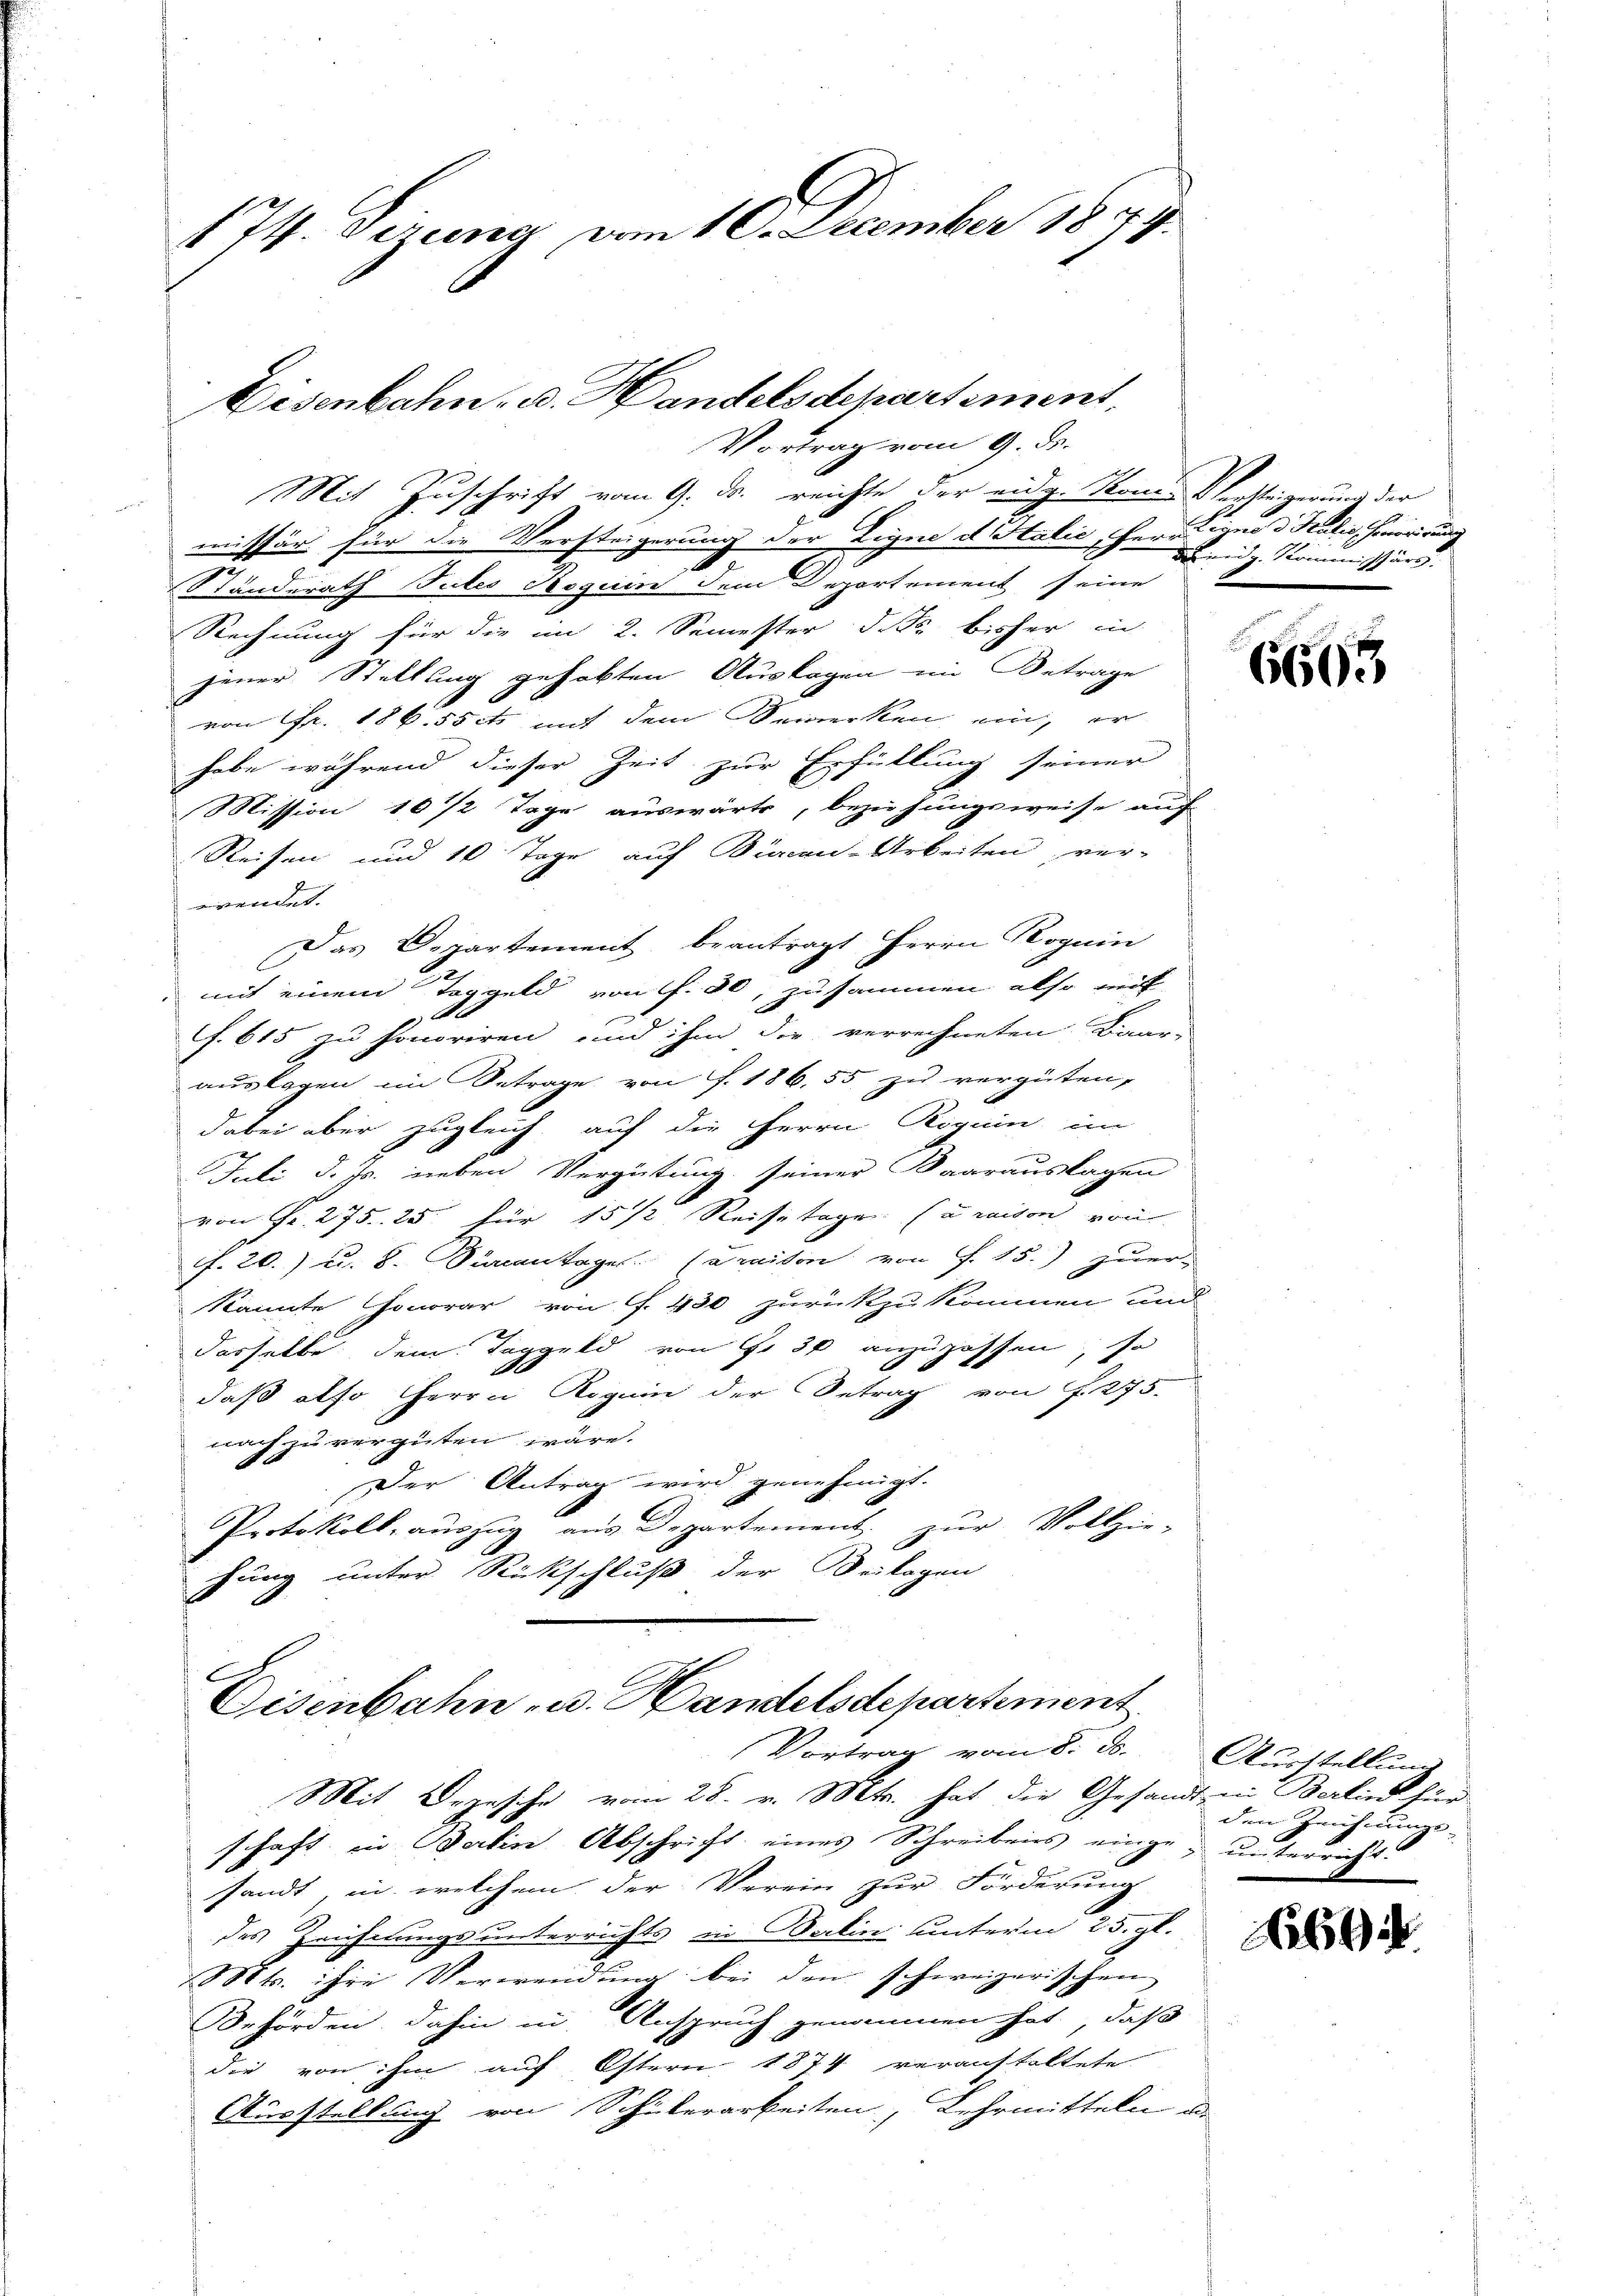
1 II. Dezung vom 10. December 1874.

Eisenbahn- u. Handelsdepartement,
Vortrag vom 9. ds.

Mit Zuschrift vom 9. ds. reichte der eidg. Kom-Versteigerung der
missär für die Versteigerung der Eigne d. Salić, herauigno d Hulischenorirung
Stunderath Tutes Roguin dem Departement seine
Rechnung für die im 2. Semester d. So bisher in
jener Stellung gehabten Auslagen im Betrage
von Fr. 186 ss et mit dem Bemerken ein, er
habe während dieser Zeit zur Erfüllung seiner
Mission 16 1/2 Tage auswärts, beziehungsweise auf
Reisen und 10 Tage auf Büreau-Arbeiten, ver-
went
Das Departement, beantragt Herrn Kognin
mit einem Taggeld von f. 80, zusammen also mit
f
f. 615 zu honoriren und ihm die verrechneten Baar-
auslagen im Betrage von f. 186,55 zu vergüten,
dabei aber zugleich auf die Herrn Roguin im
Juli d. Js. neben Vergütung seiner Baarauslagen
von Fr. 275. 25 für 15 1/2 Reisetage (araison von
if. 20.) u. 8. Dürcantages (amaison von f. 15.) zuer-
kannte Honorar von f. 430 zurückzukommen und
dasselbe dem Taggeld von S. 30 anzupassen, so
daß also Herrn Roguin der Betrag von 275.
nach zu vergüten wäre.
Der Antrag wird genehmigt.
Protokoll, auszug aus Departement zur Vollzie-
fung unter Rückschluß der Beilagen

Eisenbahn- u. Handelsdepartement
Vortrag vom 8. d.
Mit Depesche vom 28. v. Mts. hat die Gesandt in Berlin für

schaft in Berlin Abschrift eines Schreibens einge- unterricht.
sandt in welchem der Verein zur Förderung
des Zeichnungsunterrichts in Balin unterm 25. gl.
Mt. ihre Verwendung bei den schweizerischen
Behörden, dahin in Anspruch genommen hat, daß
die von ihm auf Ostern 1874 veranstaltete
Ausstellung von Schülerarbeiten, Lehrmitteln de

diedg. Kommissärs.

6665

Ausstellung
den Zeichnungs-

13694.